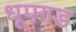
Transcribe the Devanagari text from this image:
धूपगड